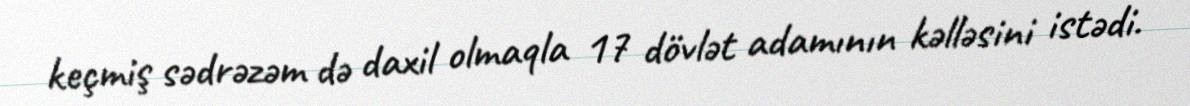
keçmiş sədrəzəm də daxil olmaqla 17 dövlət adamının kəlləsini istədi.